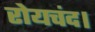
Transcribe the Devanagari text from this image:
रोयचंद।